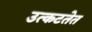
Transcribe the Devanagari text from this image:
उत्कटतेत